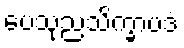
ပေသုညသိက္ခာပဒံ